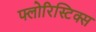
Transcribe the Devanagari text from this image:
फ्लोरिस्टिक्स